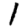
Digit: 1